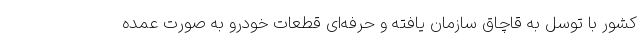
کشور با توسل به قاچاق سازمان یافته و حرفه‌ای قطعات خودرو به صورت عمده